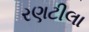
રણટીલા